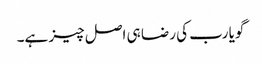
گویا رب کی رضا ہی اصل چیز ہے۔